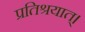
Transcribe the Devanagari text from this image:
प्रतिश्रयात्।